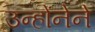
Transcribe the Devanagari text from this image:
उन्होंनेने